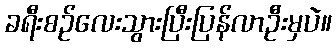
ခရီးစဉ်လေးသွားပြီးပြန်လာဦးမှပဲ။